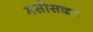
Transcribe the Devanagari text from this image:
मसोसकर